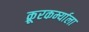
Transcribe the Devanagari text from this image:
क्रूरकर्म्याला